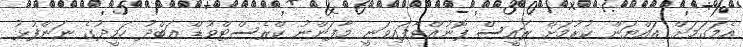
އެމަގަމަށް އައްޔަން ކުރުމަށް ރައީސް ފޮނުއްވާފައިވަނީ މާފަންނު ކްރެސްޓްވުޑް ޢަބްދު ހަމީދުގެ ނަންފުޅު